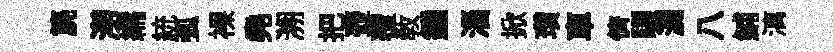
篪澇繻統弧裸堯溯把壺覆敎鍾淄掀瓚車儕驪漏八鯆漓